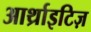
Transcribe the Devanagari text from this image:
आर्थ्राइटिज़